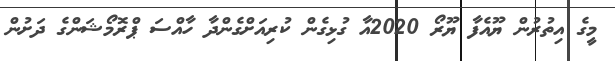
މީގެ އިތުރުން ޔޫއެފާ ޔޫރޯ 2020އާ ގުޅިގެން ކުރިއަށްގެންދާ ހާއްސަ ޕްރޮމޯޝަންގެ ދަށުން